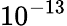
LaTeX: \displaystyle{10^{-13}}